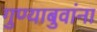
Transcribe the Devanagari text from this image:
गुण्याबुवांना